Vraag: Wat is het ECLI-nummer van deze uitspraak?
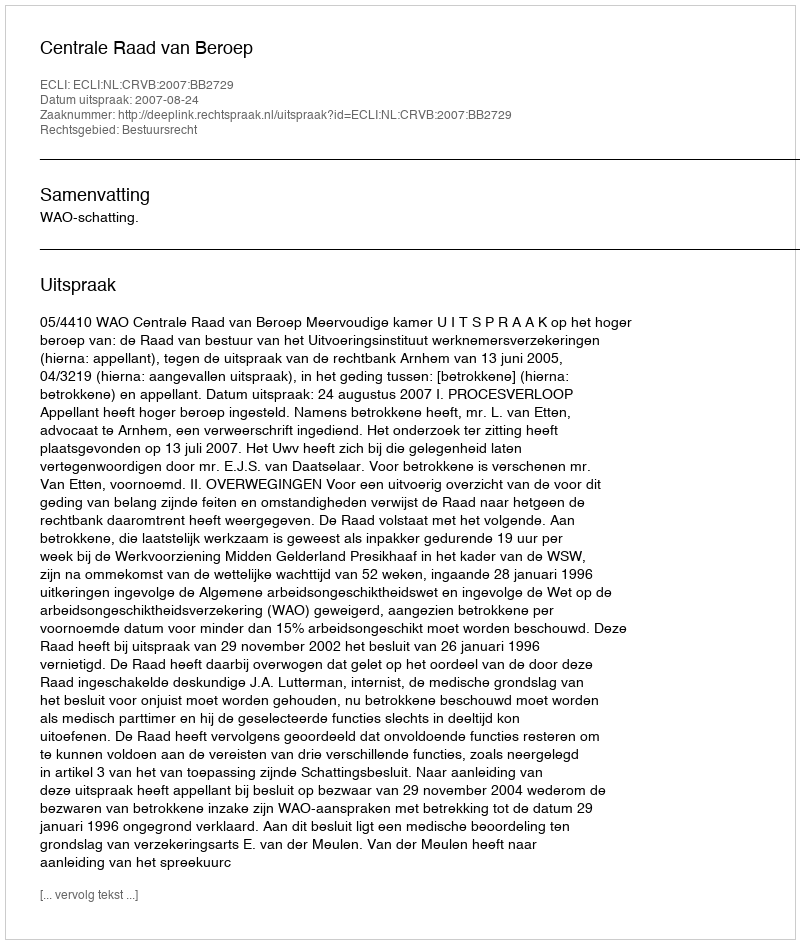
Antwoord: ECLI:NL:CRVB:2007:BB2729